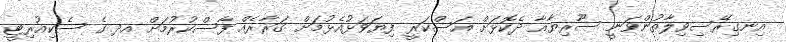
އިނގިރޭސިވިލާތުންވަނީ ސޫރިޔާއާ ދެކޮޅަށް އަސްކަރީ ފިޔަވަޅުއެޅުމަށް ގަރާރެއް ފާސްކުރުމަށް އދ ގެ ސެކިއުރިޓީ